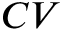
C V